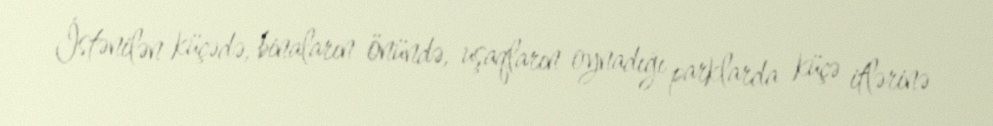
İstənilən küçədə, binaların önündə, uşaqların oynadığı parklarda küçə itlərinə